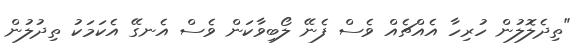
"ތިދެލޮލުން ހުރިހާ އެއްޗެއް ވެސް ފެނޭ ލޯބިވާކަން ވެސް އެނގޭ އެކަމަކު ތިދުލުން